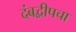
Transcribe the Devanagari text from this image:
दंबद्वीपचा